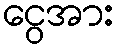
ငွေအား